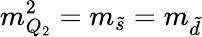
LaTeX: m_{Q_{2}}^{2}=m_{\tilde{s}}=m_{\tilde{d}}